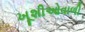
ખૂશીઓવાળી